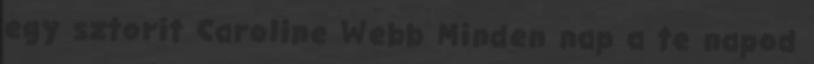
egy sztorit Caroline Webb Minden nap a te napod